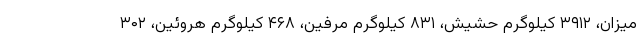
میزان، ۳۹۱۲ کیلوگرم حشیش، ۸۳۱ کیلوگرم مرفین، ۴۶۸ کیلوگرم هروئین، ۳۰۲